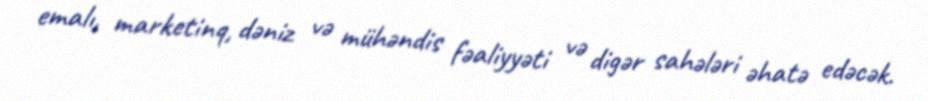
emalı, marketinq, dəniz və mühəndis fəaliyyəti və digər sahələri əhatə edəcək.